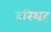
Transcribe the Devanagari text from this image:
हरिथह